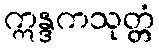
ဣန္ဒကသုတ္တံ